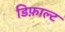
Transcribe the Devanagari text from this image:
डिफ़ाल्ट